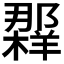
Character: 𲆠